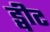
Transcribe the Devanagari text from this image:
ड्वीट